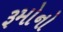
રૂમોનો